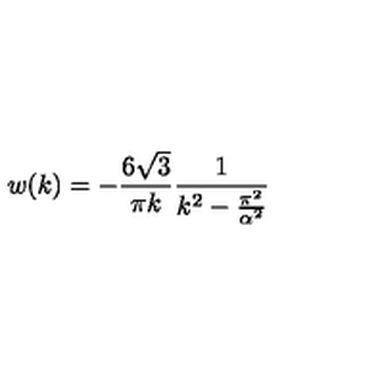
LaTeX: w ( k ) = - \frac { 6 \sqrt { 3 } } { \pi k } \frac { 1 } { k ^ { 2 } - \frac { \pi ^ { 2 } } { \alpha ^ { 2 } } }